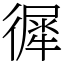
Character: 徲